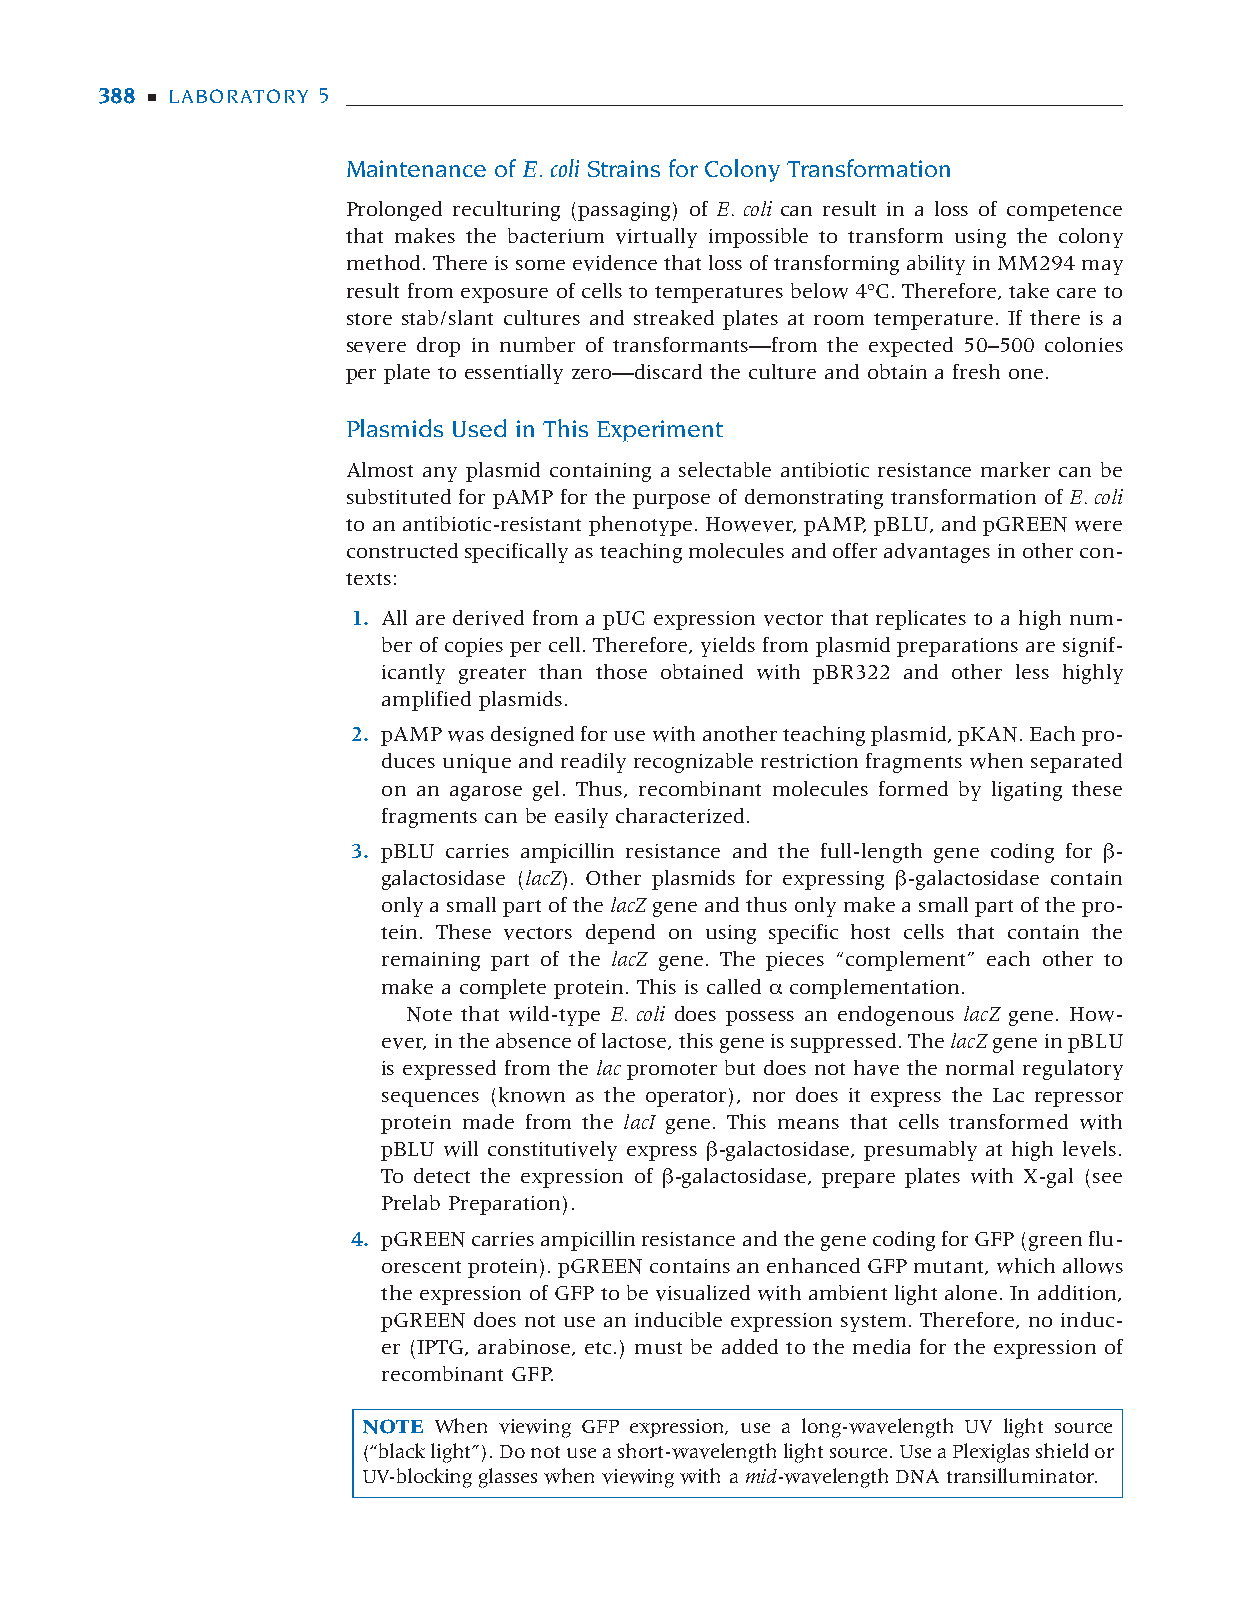
385-398 DNA Sci Lab 05 11/9/05 1:39 PM Page 388
 388 ■ LABORATORY 5
 Maintenance of E. coli Strains for Colony Transformation
 Prolonged reculturing (passaging) of E. coli can result in a loss of competence
 that makes the bacterium virtually impossible to transform using the colony
 method. There is some evidence that loss of transforming ability in MM294 may
 result from exposure of cells to temperatures below 4ºC. Therefore, take care to
 store stab/slant cultures and streaked plates at room temperature. If there is a
 severe drop in number of transformants—from the expected 50–500 colonies
 per plate to essentially zero—discard the culture and obtain a fresh one.
 Plasmids Used in This Experiment
 Almost any plasmid containing a selectable antibiotic resistance marker can be
 substituted for pAMP for the purpose of demonstrating transformation of E. coli
 to an antibiotic-resistant phenotype. However, pAMP, pBLU, and pGREEN were
 constructed specifically as teaching molecules and offer advantages in other con-
 texts:
 1. All are derived from a pUC expression vector that replicates to a high num-
 ber of copies per cell. Therefore, yields from plasmid preparations are signif-
 icantly greater than those obtained with pBR322 and other less highly
 amplified plasmids.
 2. pAMP was designed for use with another teaching plasmid, pKAN. Each pro-
 duces unique and readily recognizable restriction fragments when separated
 on an agarose gel. Thus, recombinant molecules formed by ligating these
 fragments can be easily characterized.
 3. pBLU carries ampicillin resistance and the full-length gene coding for β-
 galactosidase (lacZ). Other plasmids for expressing β-galactosidase contain
 only a small part of the lacZgene and thus only make a small part of the pro-
 tein. These vectors depend on using specific host cells that contain the
 remaining part of the lacZ gene. The pieces “complement” each other to
 make a complete protein. This is called α complementation.
 Note that wild-type E. coli does possess an endogenous lacZ gene. How-
 ever, in the absence of lactose, this gene is suppressed. The lacZgene in pBLU
 is expressed from the lac promoter but does not have the normal regulatory
 sequences (known as the operator), nor does it express the Lac repressor
 protein made from the lacI gene. This means that cells transformed with
 pBLU will constitutively express β-galactosidase, presumably at high levels.
 To detect the expression of β-galactosidase, prepare plates with X-gal (see
 Prelab Preparation).
 4. pGREEN carries ampicillin resistance and the gene coding for GFP (green flu-
 orescent protein). pGREEN contains an enhanced GFP mutant, which allows
 the expression of GFP to be visualized with ambient light alone. In addition,
 pGREEN does not use an inducible expression system. Therefore, no induc-
 er (IPTG, arabinose, etc.) must be added to the media for the expression of
 recombinant GFP.
 NOTE When viewing GFP expression, use a long-wavelength UV light source
 (“black light”). Do not use a short-wavelength light source. Use a Plexiglas shield or
 UV-blocking glasses when viewing with a mid-wavelength DNA transilluminator.